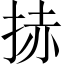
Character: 捇